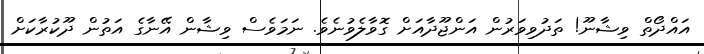
އައްދޯތް ވިޝާނޫ! ތަދުވިވަރުން އަންޖޫދާއަށް ގޮވާލެވުނެވެ. ނަމަވެސް ވިޝާން އޭނާގެ އަތުން ދޫކުރާކަށް